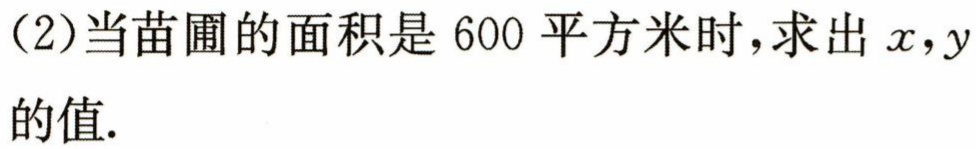
(2)当苗圃的面积是 600 平方米时，求出\(x,y\)的值.